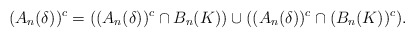
\begin{align*}(A_n(\delta))^c=((A_n(\delta))^c\cap B_n(K))\cup((A_n(\delta))^c\cap (B_n(K))^c).\end{align*}